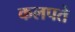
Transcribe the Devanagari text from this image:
कलपते